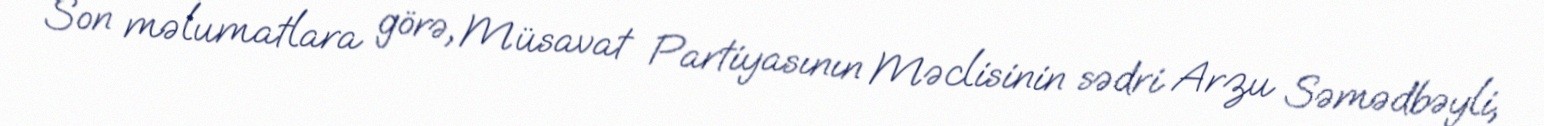
Son məlumatlara görə, Müsavat Partiyasının Məclisinin sədri Arzu Səmədbəyli,